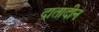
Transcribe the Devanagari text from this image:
दातादीन